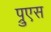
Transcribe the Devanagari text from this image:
प्रुएस